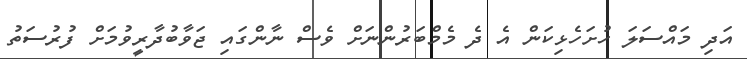
އަދި މައްސަލަ ހުށަހެޅިކަން އެ ދެ މެމްބަރުންނަށް ވެސް ނާންގައި ޖަވާބުދާރީވުމަށް ފުރުސަތު